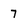
Character: 7